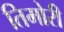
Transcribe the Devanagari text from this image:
तिमोरी